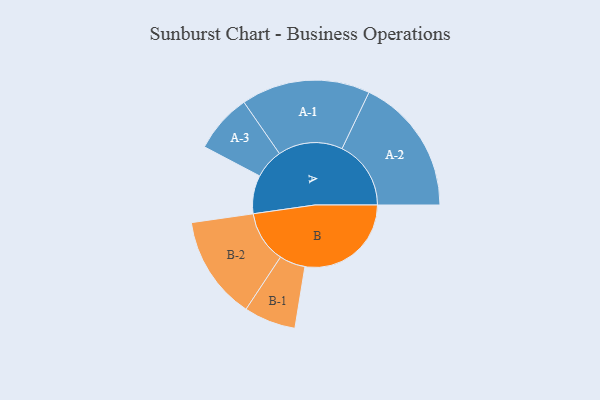
{"axis": {"x": "Segment", "y": "Value"}, "legend": ["", "A", "B"], "data": [{"x": "A", "y": 148, "type": ""}, {"x": "B", "y": 410, "type": ""}, {"x": "A-1", "y": 249, "type": "A"}, {"x": "A-2", "y": 266, "type": "A"}, {"x": "A-3", "y": 114, "type": "A"}, {"x": "B-1", "y": 100, "type": "B"}, {"x": "B-2", "y": 200, "type": "B"}]}